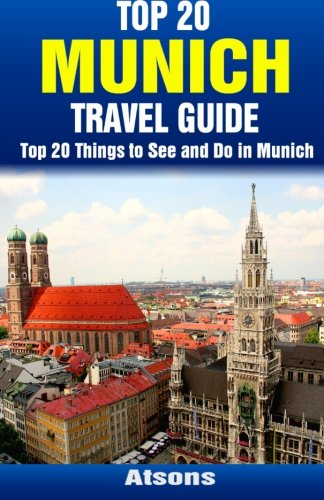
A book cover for Top 20 Things to See and Do in Munich - Top 20 Munich Travel Guide; Atsons; Travel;